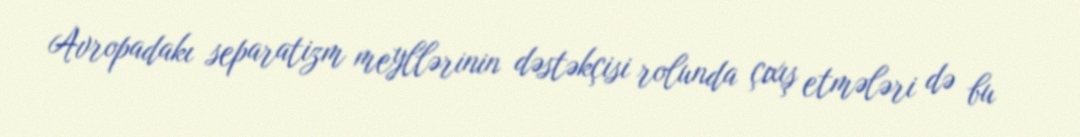
Avropadakı separatizm meyllərinin dəstəkçisi rolunda çıxış etmələri də bu